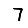
Digit: 7